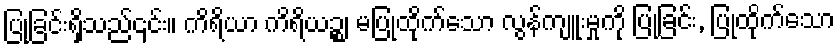
ပြုခြင်းရှိသည်၎င်း။ ကိရိယာ ကိရိယဉ္စ၊ မပြုထိုက်သော လွန်ကျူးမှုကို ပြုခြင်း, ပြုထိုက်သော